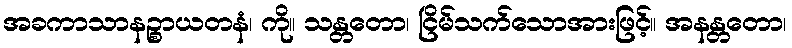
အခကာသာနဉ္စာယတနံ၊ ကို။ သန္တတော၊ ငြိမ်သက်သောအားဖြင့်။ အနန္တတော၊